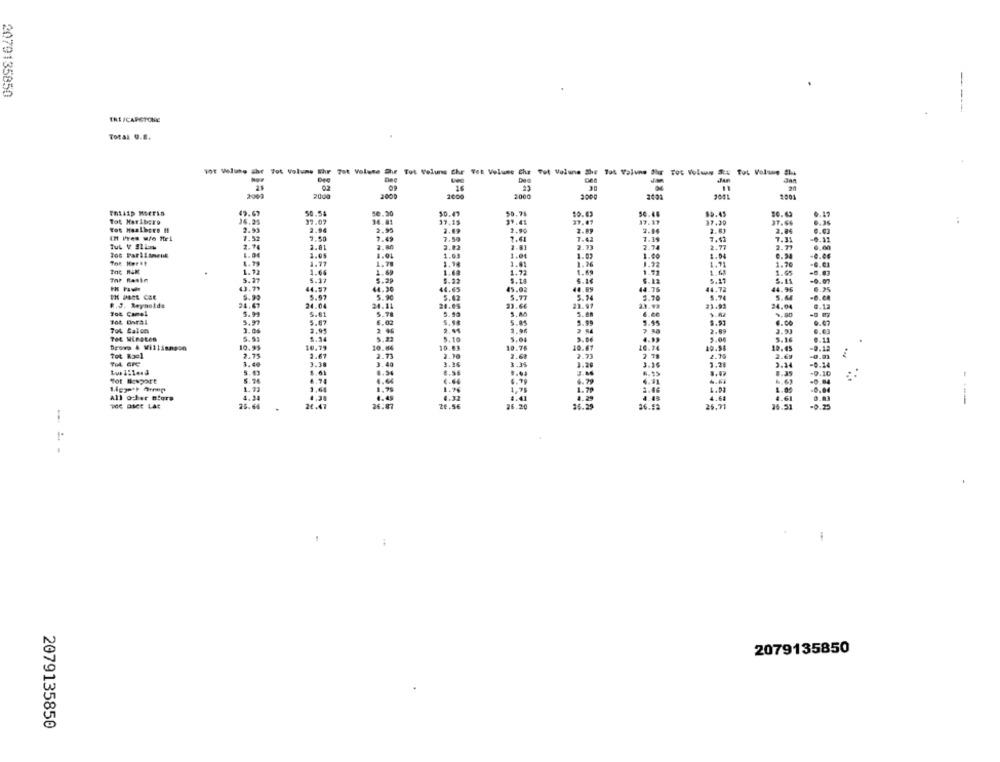
2079135850
----
ERE /CAPCTONIC
Total 0.6.
10t Volume she Tot Volume Shr 7ot Volume Shr Tot Veluns Chr Tet Velune Che Tet Volune She 705 Volume Shr Tot Volun Stx Tot Volume Slu
21
2009
2000
2000
2000
2000
49.67
50.54
50.30
50.43
50.78
50.63
54.46
.19
36.25
37.07
36.81
37.15
39.41
37.47
17.17
27.20
37.66
:
Tot Haalbero H
2.93
2.96
2.95
2.09
2.90
0.63
7.52
7.50
7.50
2.41
2.86
TUL V SILEN
2.81
7.49
7.42
7.39
7.41
7.31
2. 71
-0.11
2.74
2.80
3.82
2.81
2.73
2.74
2.77
0.00
Tos Parliament
1.04
1.05
4.01
1.03
1.01
1.03
1.00
1.04
-0.06
The Horst
1.79
1.78
1.14
1.41
1.26
1.32
1.91
1.20
-6.61
1.12
1.66
1.69
1.69
1.72
1.69
1.92
1.65
-8.03
5.27
5.37
5.29
5.22
5.14
5.17
5.11
-6.07
0.79
44.57
14.30
44.65
45.02
44.89
44.76
44.72
44.95
5.99
5.97
5.90
5.42
5.77
5.74
3.70
5.74
5.44
R.J. Reynolds
24.67
24.04
24.41
24.05
23.66
23.97
23.42
24.04
0.12
Fot Camel
5.99
5.78
5.88
6.60
...
5.80
5.97
5.87
6.02
5.98
5.85
5.99
6.00
2.44
5.95
5.97
0.67
70L Balon
3.06
2.95
2.96
3.91
0.03
766 Minates
5. 52
5.34
5.18
5.04
5.06
5.06
5.16
0.11
Drors & Williangon
10.95
10.79
10.84
10.83
10.75
10.67
10.74
10.84
19.45
-0.12
Tot Kaol
2.75
2.67
2.73
2.70
2.68
2.73
2 78
2.69
-0.82
3.40
3.38
3.40
3.36
3.35
3.36
3.28
3.34
-0.14
5.63
8.61
8.54
8.56
8.39
-9.10
Tot Bowport
5. 76
4.74
4.66
€.64
4.91
-6.84
1.21
1.64
1.79
1.76
1.78
1.79
2.46
1.00
-0.04
All offer Blore
4.34
4.45
4.32
4.29
4.61
me DICE LAC
25.66
24.47
26.87
26.56
35.29
26.92
26.51
---
1
2079135850
2079135850